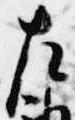
左